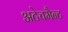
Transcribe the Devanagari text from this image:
अटेचमैन्ट